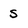
Character: S